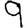
Digit: 9